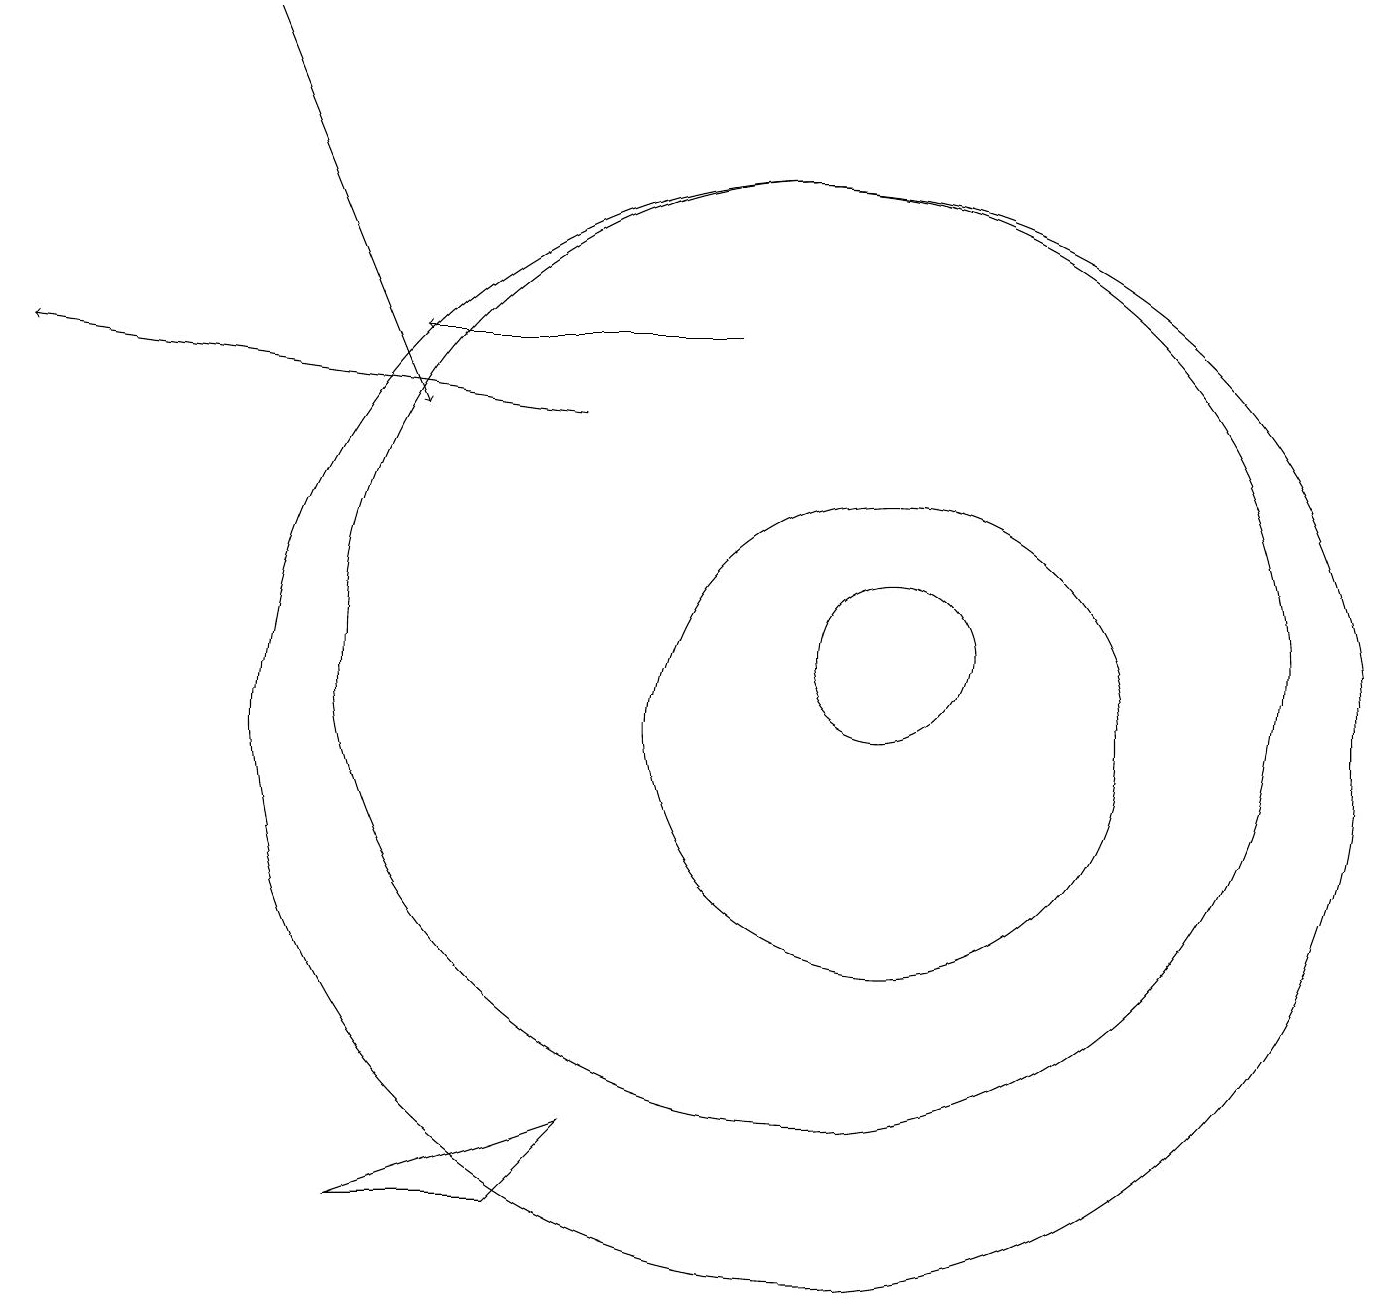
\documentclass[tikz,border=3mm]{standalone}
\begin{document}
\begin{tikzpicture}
\draw (10,11) circle (6);
\draw (11,10) circle (3);
\draw[->] (9,15) -- (5,15);
\draw (11,11) circle (1);
\draw (4,4) -- (6,4) -- (7,5) -- cycle;
\draw[->] (7,14) -- (0,15);
\draw[->] (3,19) -- (5,14);
\draw (10,10) circle (7);
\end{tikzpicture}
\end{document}